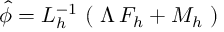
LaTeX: \hat { \phi } = L _ { h } ^ { - 1 } \, \left( \, \, \Lambda \, F _ { h } + M _ { h } \, \, \right)